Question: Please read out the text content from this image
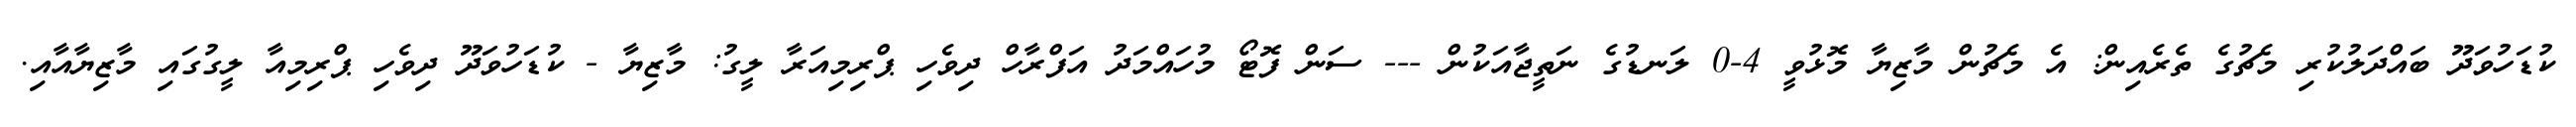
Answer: ކުޑަހުވަދޫ ބައްދަލުކުރި މެޗުގެ ތެރެއިން: އެ މެޗުން މާޒިޔާ މޮޅުވީ 4-0 ލަނޑުގެ ނަތީޖާއަކުން --- ސަން ފޮޓޯ މުހައްމަދު އަފްރާހް ދިވެހި ޕްރިމިއަރާ ލީގު: މާޒިޔާ - ކުޑަހުވަދޫ ދިވެހި ޕްރިމިއާ ލީގުގައި މާޒިޔާއާއި.